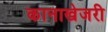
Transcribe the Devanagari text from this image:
कानाखेजरी